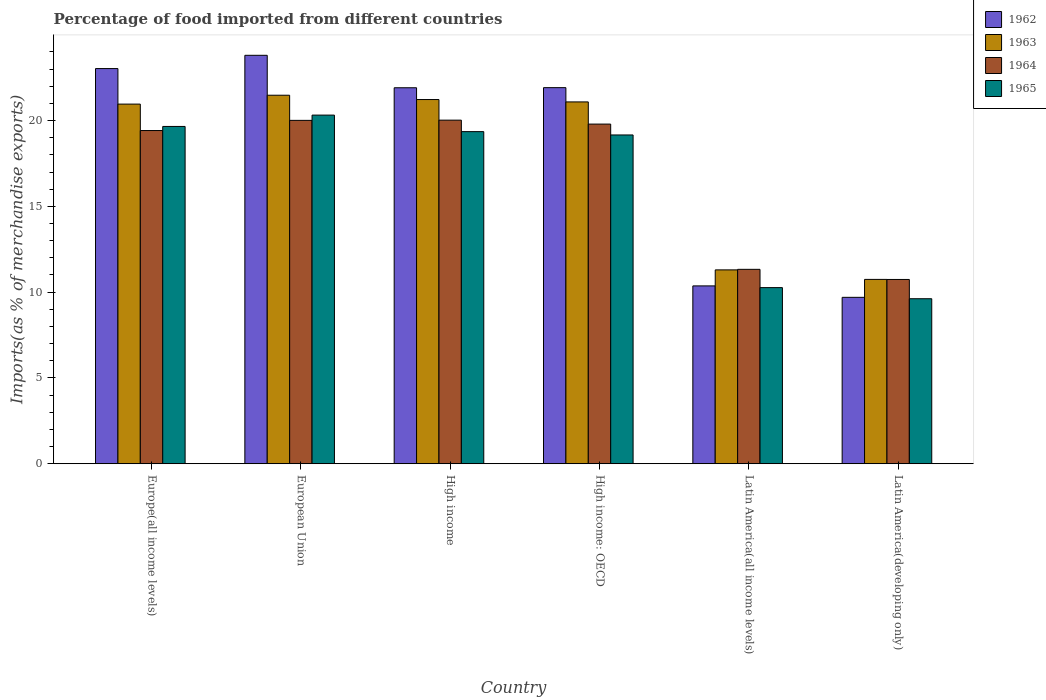
| Country | 1962 | 1963 | 1964 | 1965 |
 | --- | --- | --- | --- | --- |
 | Europe(all income levels) | 23 | 21 | 19.4 | 19.7 |
 | European Union | 23.8 | 21.5 | 20 | 20.3 |
 | High income | 21.9 | 21.2 | 20 | 19.4 |
 | High income: OECD | 21.9 | 21.1 | 19.8 | 19.2 |
 | Latin America(all income levels) | 10.4 | 11.3 | 11.3 | 10.3 |
 | Latin America(developing only) | 9.7 | 10.7 | 10.7 | 9.62 |